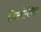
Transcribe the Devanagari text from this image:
डिसऐबिल